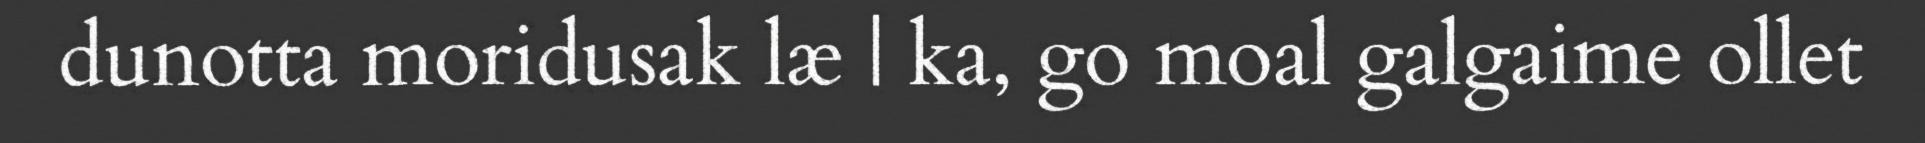
dunotta moridusak læ | ka, go moal galgaime ollet